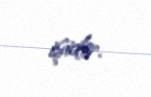
işidir.